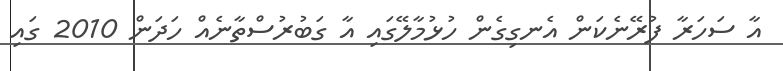
އާ ސަހަރާ ފުރޭނެކަން އެނގިގެން ހުޅުމާލޭގައި އާ ގަބުރުސްތާނެއް ހަދަން 2010 ގައި